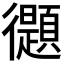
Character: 𢖤